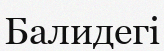
Балидегі